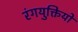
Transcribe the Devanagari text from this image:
रंगयुक्तियों